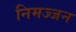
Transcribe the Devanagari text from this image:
निमज्‍जन